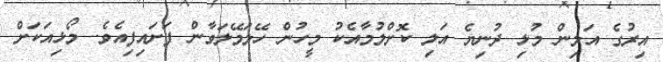
އިރުގެ އަލިން މުޅި ދުނިޔެ އަލި ކޮށްލުމާއެކު މީހުން ހޭލަމޭލަވާން ފަށައިފިއެވެ. މޯޅިއަކަށް